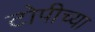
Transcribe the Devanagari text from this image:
टोपीच्या